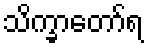
သိက္ခာတော်ရ